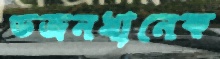
ডজনখানেক